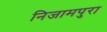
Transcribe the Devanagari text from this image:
निजामपुरा